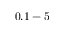
0 . 1 - 5